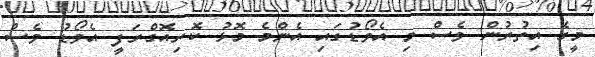
މީގެ އިތުރުން ވެސް މި އެވޯޑުގައި އެންމެ މޮޅު ކޮރިއޮގްރަފީ އެވޯޑު ވެސް